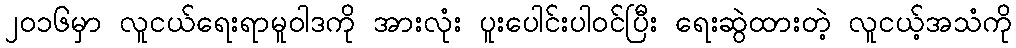
၂၀၁၆မှာ လူငယ်ရေးရာမူဝါဒကို အားလုံး ပူးပေါင်းပါဝင်ပြီး ရေးဆွဲထားတဲ့ လူငယ့်အသံကို